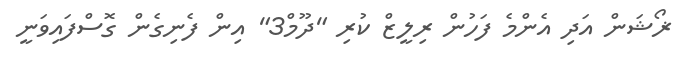
ޜޯޝަން އަދި އެންމެ ފަހުން ރިލީޒް ކުރި "ދޫމް3" އިން ފެނިގެން ގޮސްފައިވަނީ